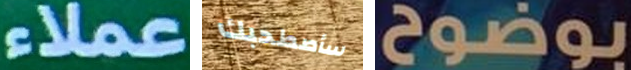
عملاء سأصطحبك بوضوح